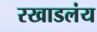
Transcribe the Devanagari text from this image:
रखाडलंय